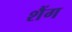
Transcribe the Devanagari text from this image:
शैंग